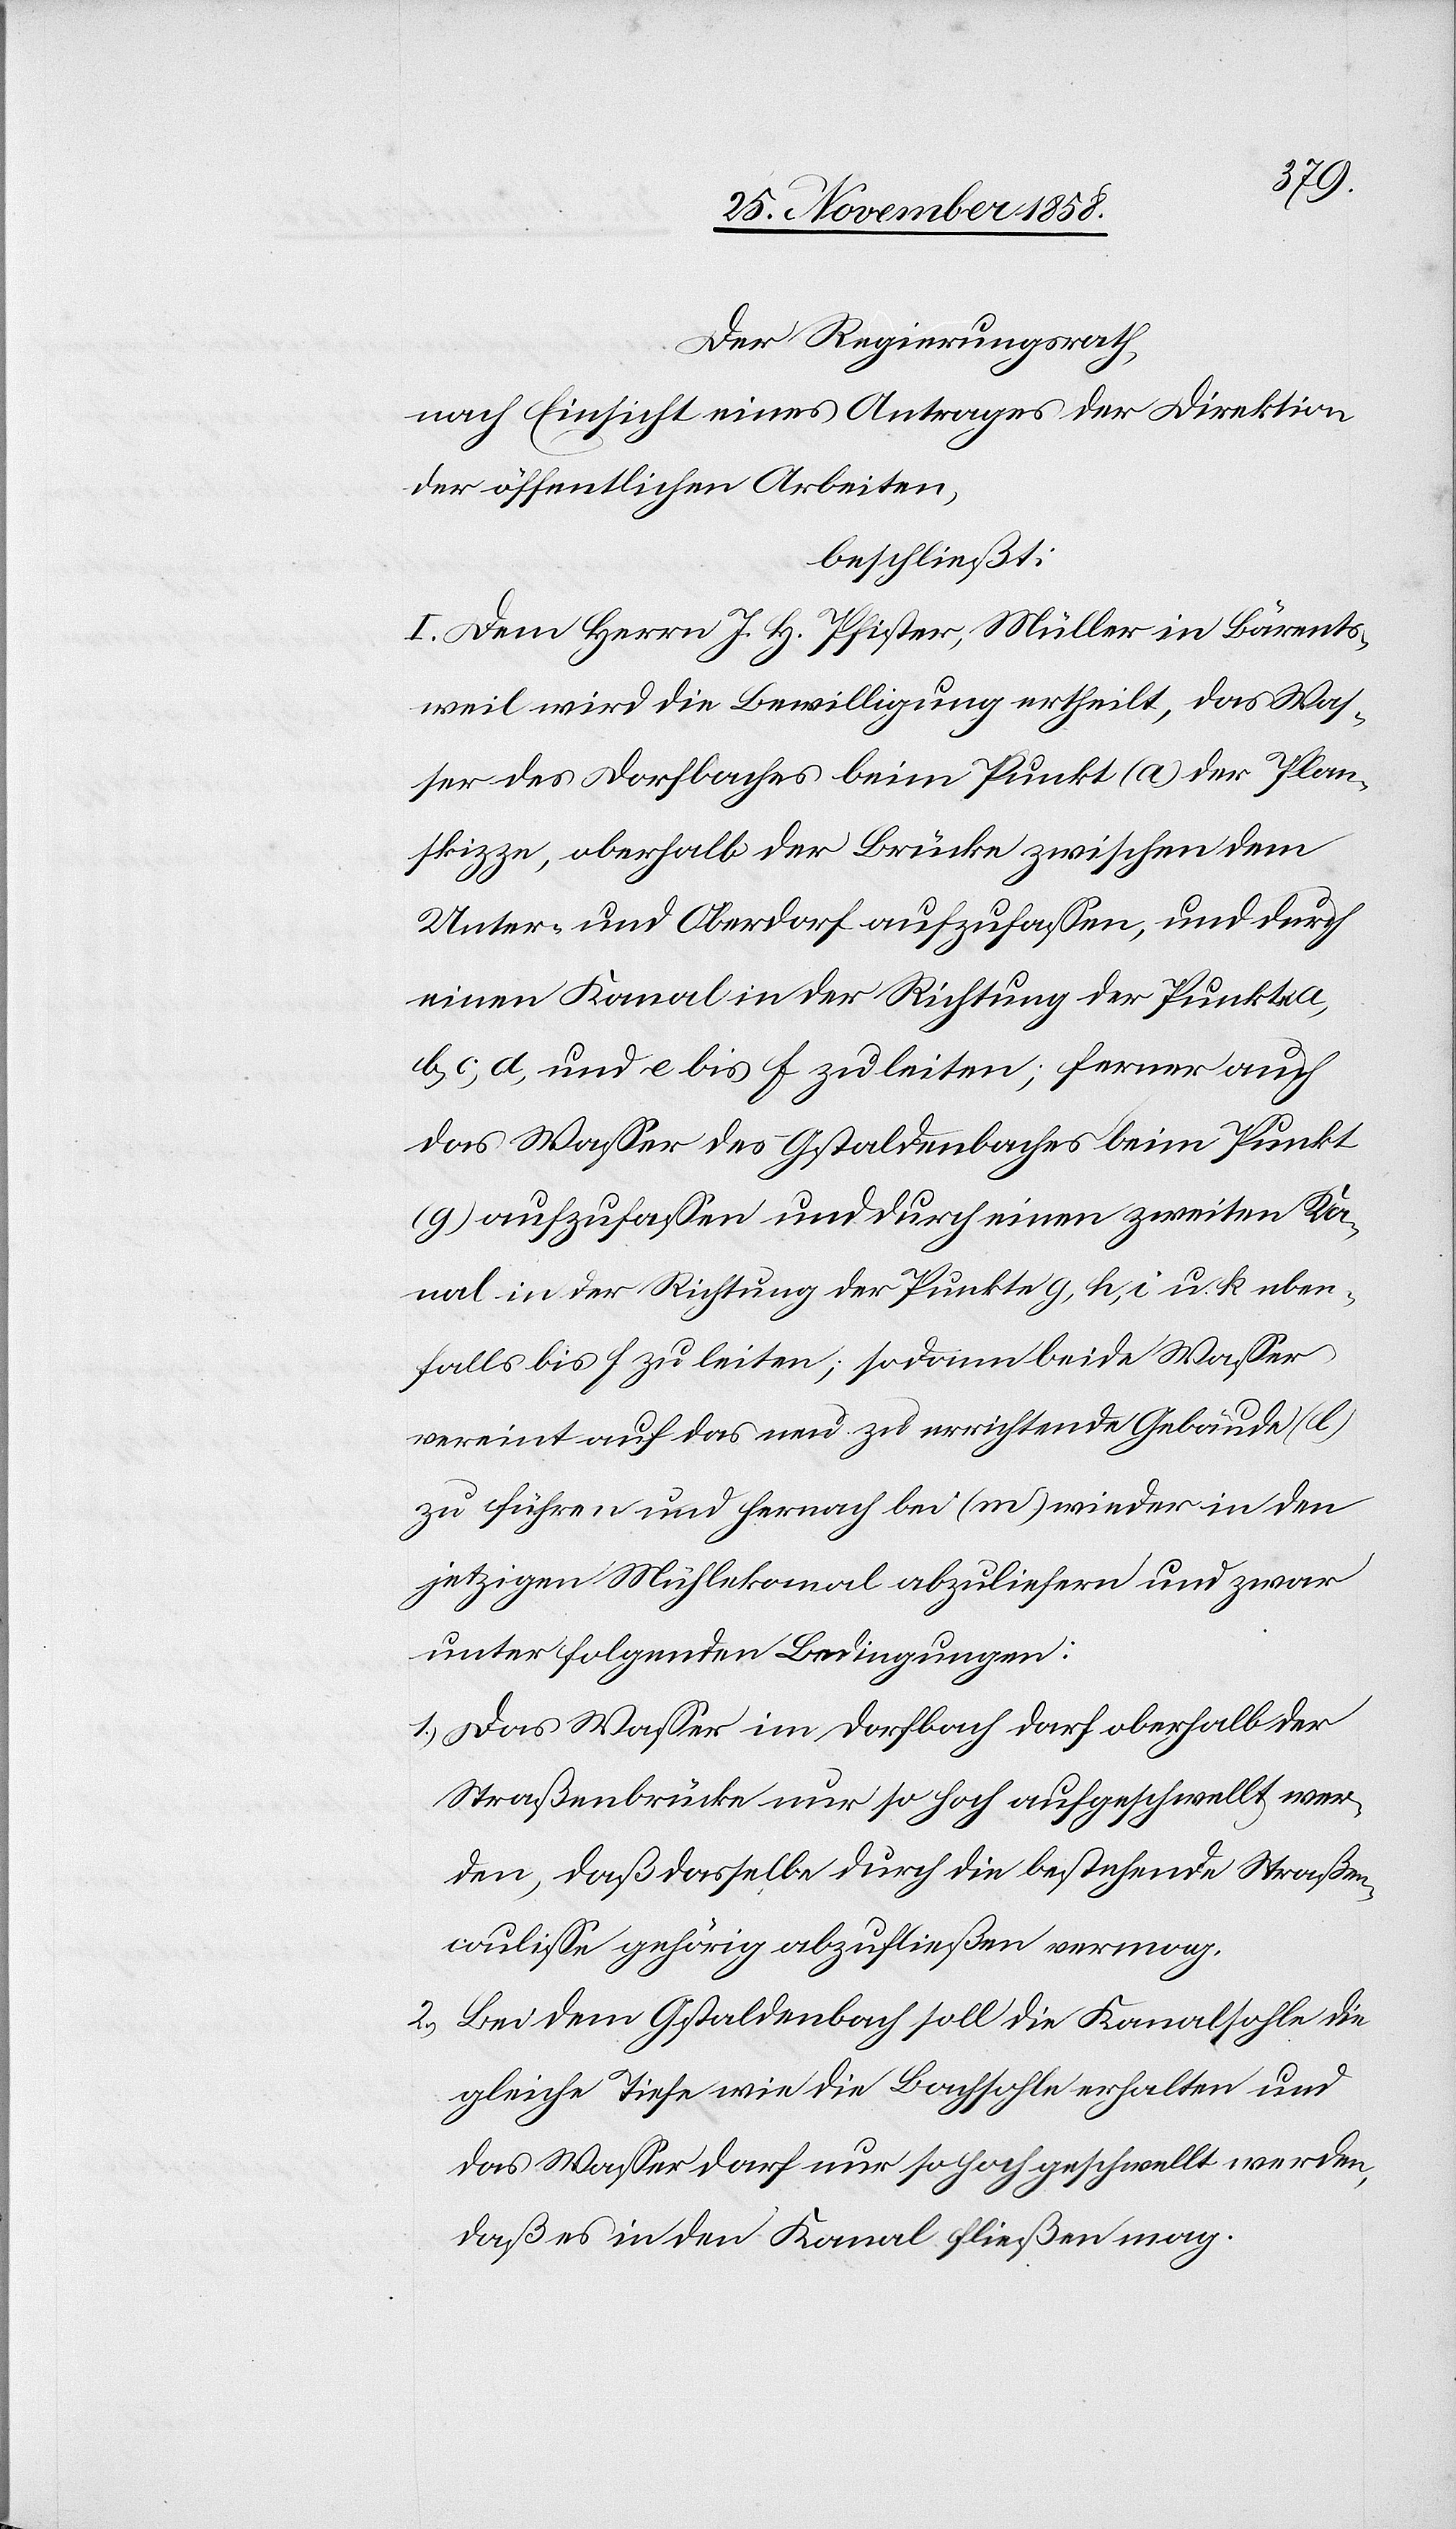
Der Regierungsrath,
nach Einsicht eines Antrages der Direktion
der öffentlichen Arbeiten,
beschließt:
I. Dem Herrn J. H. Pfister, Müller in Bärents¬
weil wird die Bewilligung ertheilt, das Was¬
ser des Dorfbaches beim Punkt (a) der Plan¬
skizze, oberhalb der Brücke zwischen dem
Unter- und Oberdorf aufzufassen, und durch
einen Kanal in der Richtung der Punkte a,
b, c, d, und e bis f zu leiten; ferner auch
das Wasser des Gstaldenbaches beim Punkt
(g) aufzufassen und durch einen zweiten Ka¬
nal in der Richtung der Punkte g, h, i u. k eben¬
falls bis f zu leiten; sodann beide Wasser
vereint auf das neu zu errichtende Gebäude (l)
zu führen und hernach bei (m) wieder in den
jetzigen Mühlekanal abzuliefern und zwar
unter folgenden Bedingungen:
Das Wasser im Dorfbach darf oberhalb der
Straßenbrücke nur so hoch aufgeschwellt wer¬
den, daß dasselbe durch die bestehende Straßen¬
coulisse gehörig abzufließen vermag.
Bei dem Gstaldenbach soll die Kanalsohle die
gleiche Tiefe wie die Bachsohle erhalten und
das Wasser darf nur so hoch geschwellt werden,
daß es in den Kanal fließen mag.